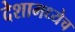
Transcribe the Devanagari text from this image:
देशामध्येच